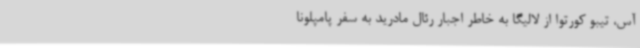
آس، تیبو کورتوا از لالیگا به خاطر اجبار رئال مادرید به سفر پامپلونا